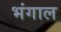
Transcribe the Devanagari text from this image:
भंगाल